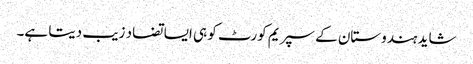
شاید ہندوستان کے سپریم کورٹ کو ہی ایسا تضاد زیب دیتا ہے۔